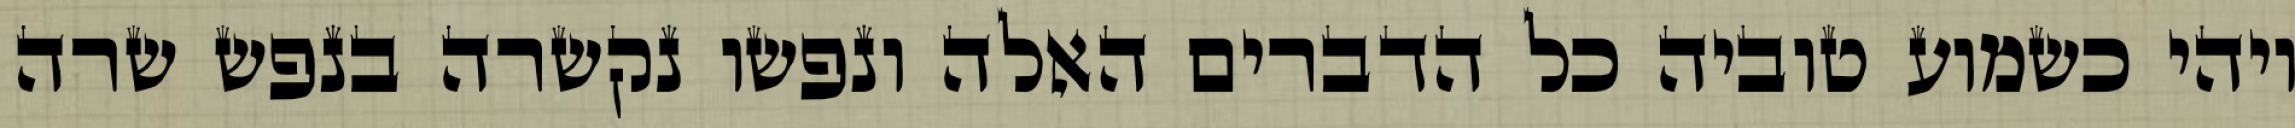
ויהי כשמוע טוביה כל הדברים האלה ונפשו נקשרה בנפש שרה